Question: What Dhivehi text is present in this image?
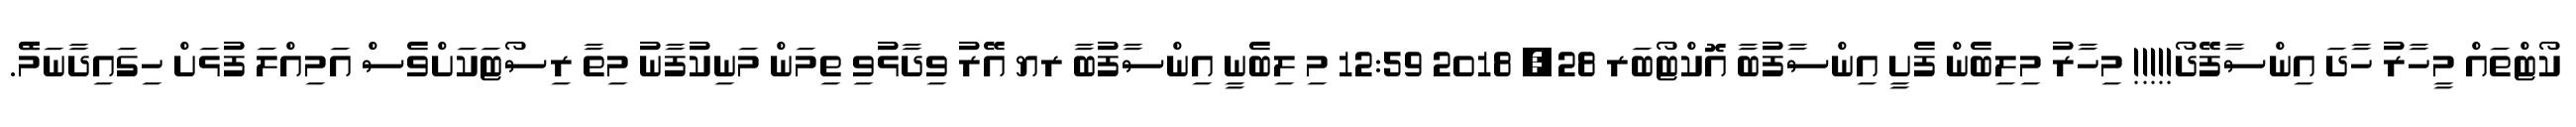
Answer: ކޯޓްތައް މީހާރު ހާދަ އިންސާފޭދޯ!!!!! މިހާރު މިލިބެން ފެށީ އިންސާފުބާ އޮކްޓޯބަރ 28, 2018 12:59 މި ލިބެނީ އިންސާފުބާ ރޔ އޭރު ވިދާޅުވި ތިމަން މަނިކުފާނު މިތާ ރިސޯޓަކަށްވެސް އަމިއްލަ ފުޅަށް ހިގައިދާނަމެޭ.